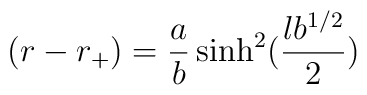
(r-r_+)={a\over b} \sinh^2 ({lb^{1/2}\over 2})